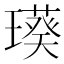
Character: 𤩸